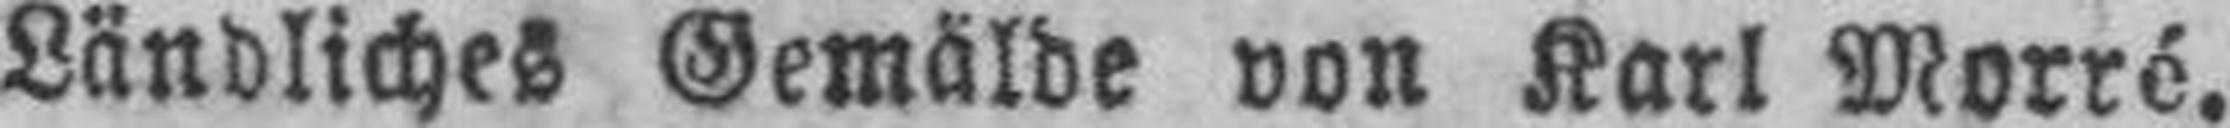
Ländliches Gemälde von Karl Morré.